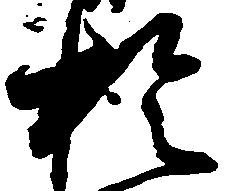
於